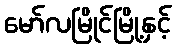
မော်လမြိုင်မြို့နှင့်